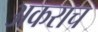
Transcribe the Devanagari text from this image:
अकराच